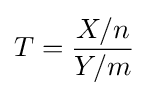
T={\frac {X/n}{Y/m}}